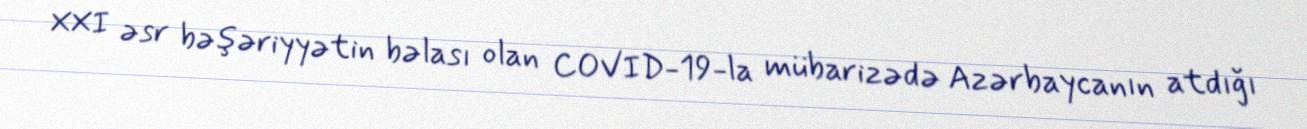
XXI əsr bəşəriyyətin bəlası olan COVID-19-la mübarizədə Azərbaycanın atdığı